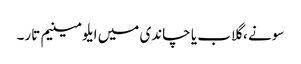
سونے ، گلاب یا چاندی میں ایلومینیم تار۔